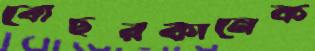
বোছরকানেক